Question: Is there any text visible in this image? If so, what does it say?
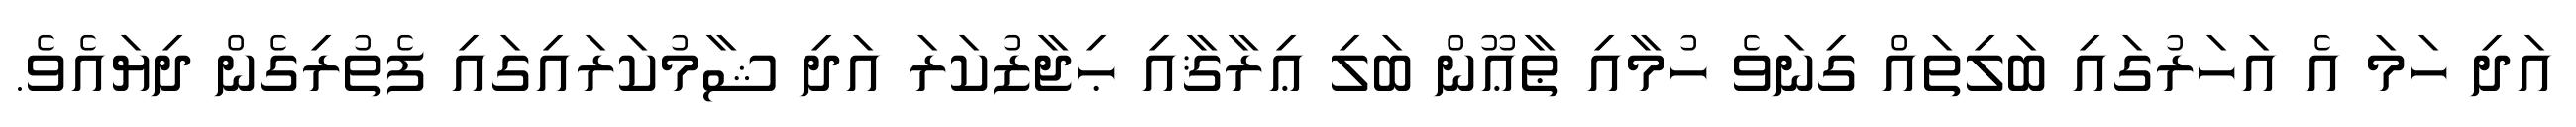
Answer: އަދި ހަމަ އެ އަހަރުގައި ބަލިތައް ގިނަވެ ހުމާއި ޠާޢޫން ބަލި ޢިރާޤާއި ޙިޖާޒުކަރަ އަދި ޝާމުކަރައިގައި ފެތުރިގެން ދިޔައެވެ.